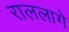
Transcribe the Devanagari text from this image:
राललागे